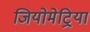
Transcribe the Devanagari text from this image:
जियोमेट्रिया